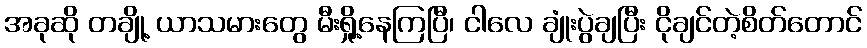
အခုဆို တချို့ ယာသမားတွေ မီးရှို့နေကြပြီ၊ ငါလေ ချုံးပွဲချပြီး ငိုချင်တဲ့စိတ်တောင်